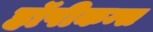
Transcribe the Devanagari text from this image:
हॉपीकन्स